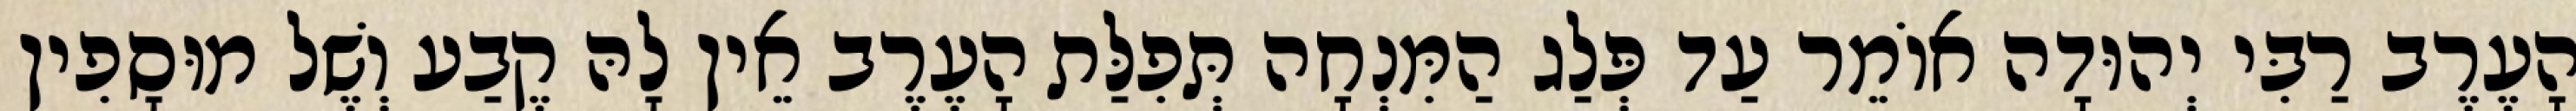
הָעֶרֶב רַבִּי יְהוּדָה אוֹמֵר עַד פְּלַג הַמִּנְחָה תְּפִלַּת הָעֶרֶב אֵין לָהּ קֶבַע וְשֶׁל מוּסָפִין